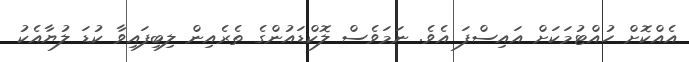
އެއްކޮށް ހުއްޓުމަކަށް އައިސްފަ އެވެ. ނަމަވެސް ލޮކްޑައުންގެ ތެރެއިން ލިބިފައިވާ ކުޑަ ލުޔާއެކު